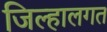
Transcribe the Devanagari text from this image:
जिल्हालगत